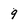
Character: 9